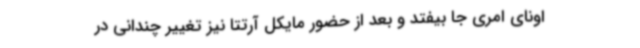
اونای امری جا بیفتد و بعد از حضور مایکل آرتتا نیز تغییر چندانی در